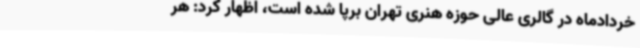
خردادماه در گالری عالی حوزه هنری تهران برپا شده است، اظهار کرد: هر